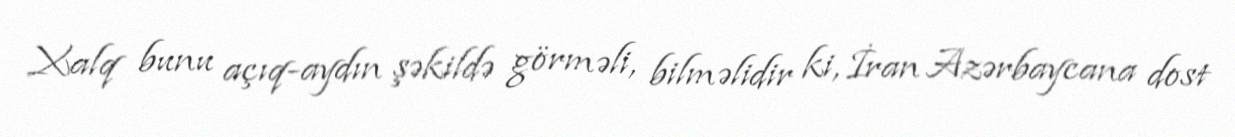
Xalq bunu açıq-aydın şəkildə görməli, bilməlidir ki, İran Azərbaycana dost